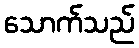
သောက်သည်